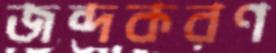
জব্দকরণ